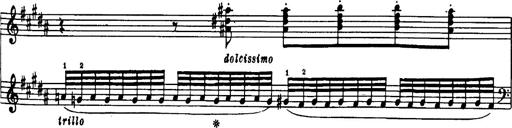
Title: Danza sacra e duetto finale dâ€™Aida
Composer: Franz Liszt